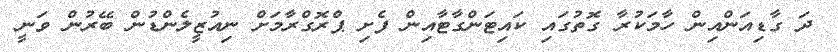
ދަ ގާޑިއަންއިން ހާމަކުރާ ގޮތުގައި ކައިޓަންގާޓާއިން ފެށި ޕްރޮގްރާމަށް ނިއުޒީލެންޑުން ބޭރުން ވަނީ